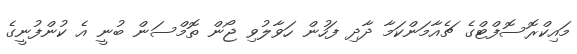
މައިކްރޮސޮފްޓްގެ ޗެއާމަންކަމާ ދާދި ފަހުން ހަވާލުވި ޖޯން ތޮމްސަން ބުނީ އެ ކުންފުނީގެ